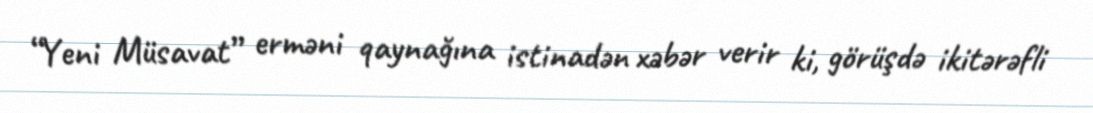
“Yeni Müsavat” erməni qaynağına istinadən xəbər verir ki, görüşdə ikitərəfli